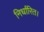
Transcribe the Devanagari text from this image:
निर्धारित।